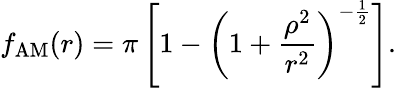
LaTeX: f_{\mathrm{AM}}(r)=\pi\left[1-\left(1+\frac{\rho^{2}}{r^{2}}\right)^{-\frac{1}{2}}\right].